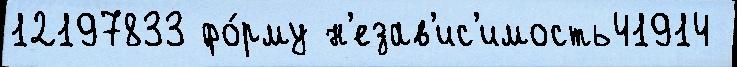
12197833 фо́рму н'езав'ис'имость41914